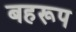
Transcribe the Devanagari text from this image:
बहरूप